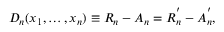
D _ { n } ( x _ { 1 } , \ldots , x _ { n } ) \equiv R _ { n } - A _ { n } = R _ { n } ^ { ^ { \prime } } - A _ { n } ^ { ^ { \prime } } ,